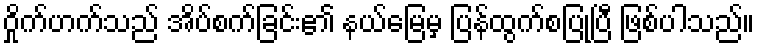
ဝှိုက်ဟက်သည် အိပ်စက်ခြင်း၏ နယ်မြေမှ ပြန်ထွက်စပြုပြီ ဖြစ်ပါသည်။